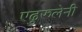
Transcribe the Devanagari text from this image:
एढुरुलेनी